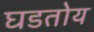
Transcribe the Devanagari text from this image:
घडतोय